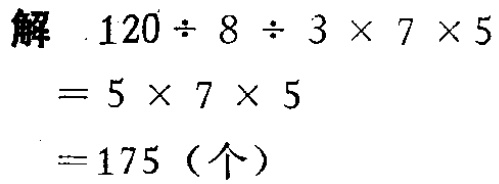
解
\[
\begin{align*}
&120\div8\div3\times7\times5\\
=&5\times7\times5\\
=&175 (\text{个})
\end{align*}
\]